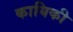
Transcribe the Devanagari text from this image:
कायिकी